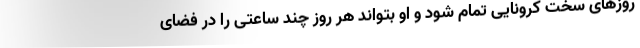
روزهای سخت کرونایی تمام شود و او بتواند هر روز چند ساعتی را در فضای